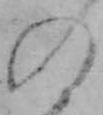
の